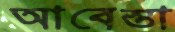
আবেস্তা